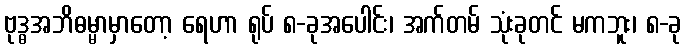
ဗုဒ္ဓအဘိဓမ္မာမှာတော့ ရေဟာ ရုပ် ၈-ခုအပေါင်း၊ အက်တမ် သုံးခုတင် မကဘူး၊ ၈-ခု